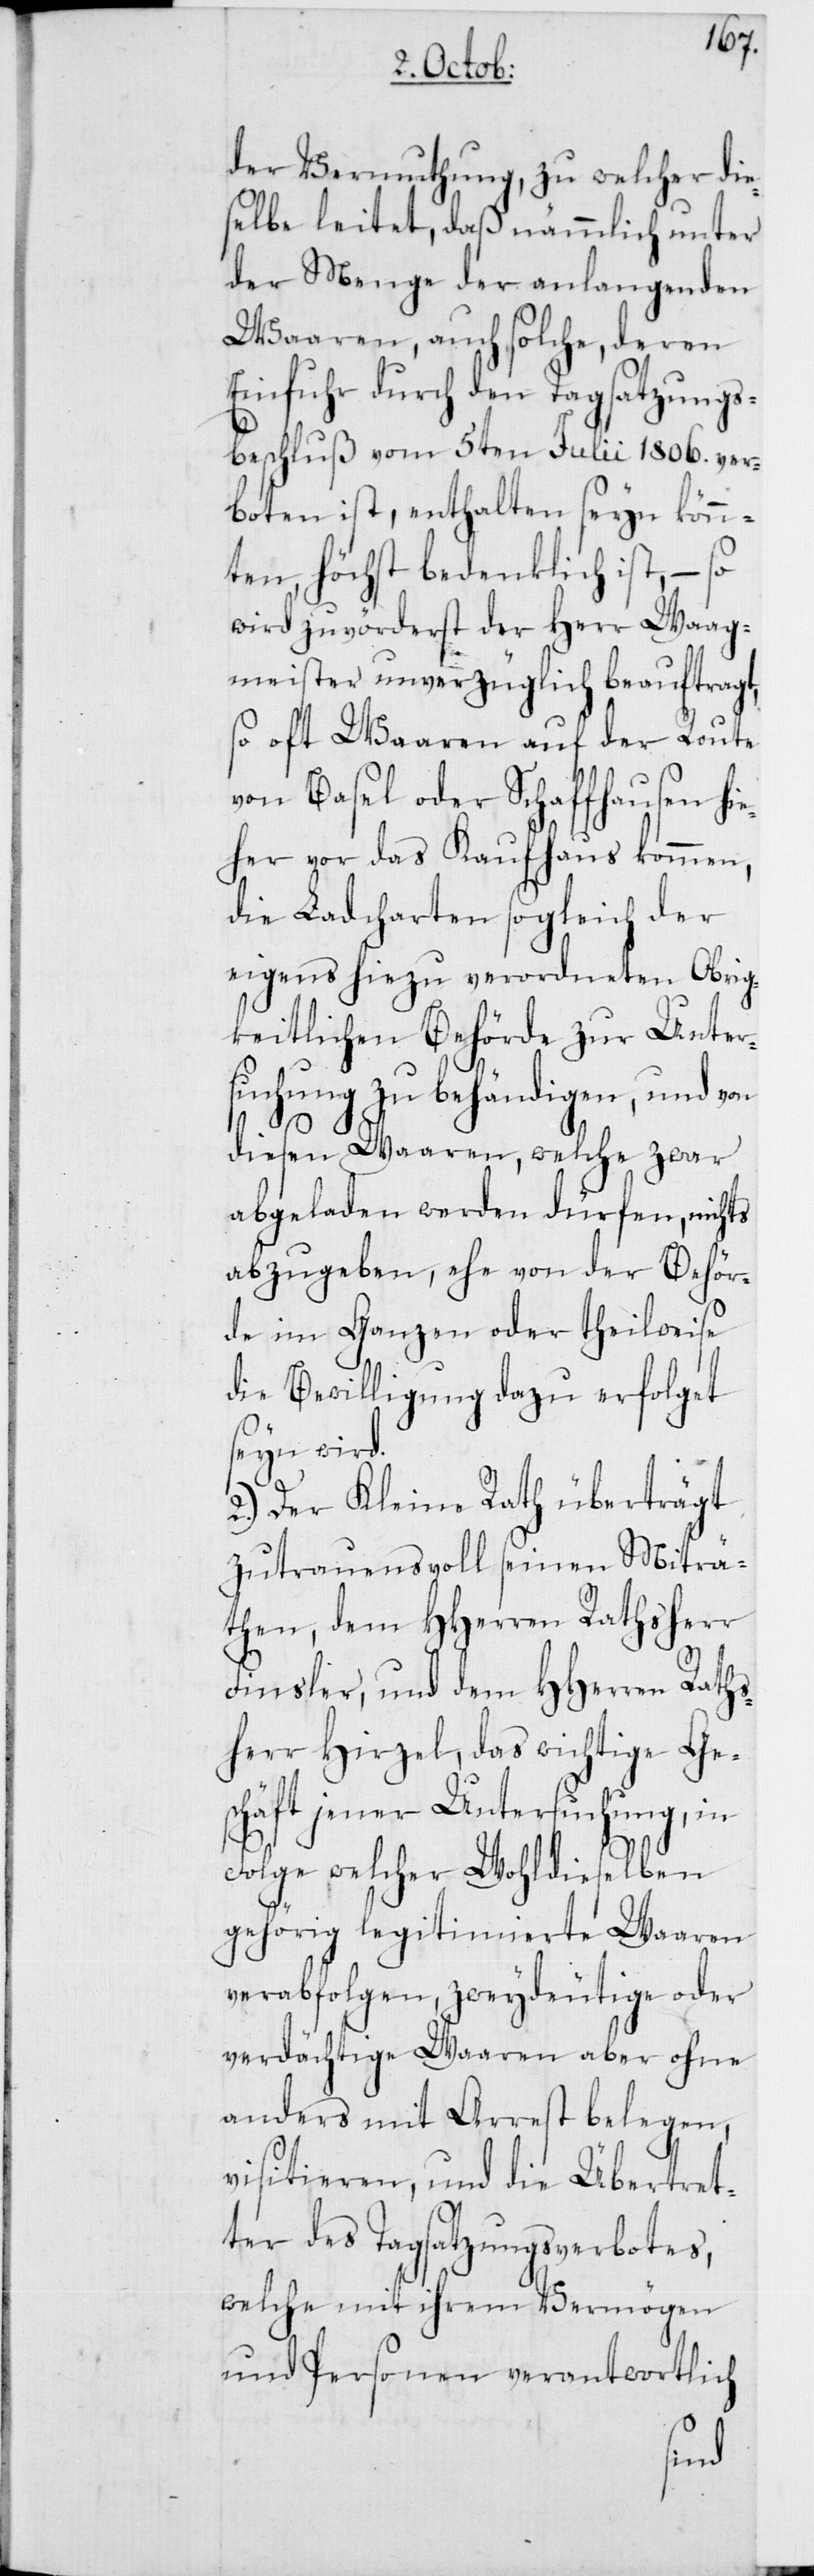
der Vermuthung, zu welcher die¬
selbe leitet, daß nämmlich unter
der Menge der anlangenden
Waaren, auch solche, deren
Einfuhr durch den Tagsatzungs¬
beschluß vom 5ten Julii 1806. ver¬
boten ist, enthalten seyn könn¬
ten, höchst bedenklich ist, – so
wird zuvörderst der Herr Waag¬
meister unverzüglich beauftragt,
so oft Waaren auf der Route
von Basel oder Schaffhausen hi¬
eher vor das Kaufhaus kommen,
die Ladcharten sogleich der
eigens hiezu verordneten Obrig¬
keitlichen Behörde zur Unter¬
suchung zu behändigen, und von
diesen Waaren, welche zwar
abgeladen werden dürfen, nichts
abzugeben, ehe von der Behör¬
de im Ganzen oder theilweise
die Bewilligung dazu erfolget
seyn wird.
2. Der kleine Rath überträgt
zutrauensvoll seinen Miträ¬
then, dem HHerren Rathsherr
Finsler, und dem HHerren Raths¬
herr Hirzel, das wichtige Ge¬
schäft jener Untersuchung, in
Folge welcher Wohldieselben
gehörig legitimierte Waaren
verabfolgen, zweydeutige oder
verdächtige Waaren aber ohne
anders mit Arrest belegen,
visitieren, und die Übertret¬
er des Tagsatzungsverbotes,
welche mit ihrem Vermögen
und Personen verantwortlich